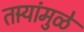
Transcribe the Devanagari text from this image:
तार्‍यांमुळे